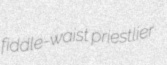
fiddle-waist priestlier